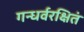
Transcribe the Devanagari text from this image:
गन्धर्वरक्षितं